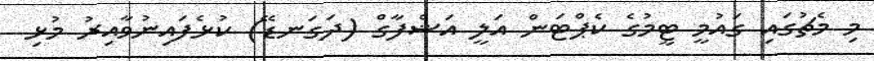
މި މެޗުގައި ގައުމީ ޓީމުގެ ކެޕްޓަން އަލީ އަޝްފާގް (ދަގަނޑޭ) ކުޅެފައިނުވާއިރު މުޅި